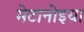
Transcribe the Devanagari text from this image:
मेटानोइया